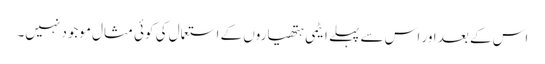
اس کے بعد اور اس سے پہلے ایٹمی ہتھیاروں کے استعمال کی کوئی مثال موجود نہیں۔